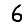
Digit: 6